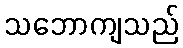
သဘောကျသည်